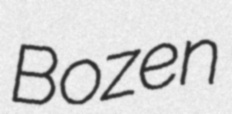
Bozen